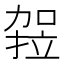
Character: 𭄻